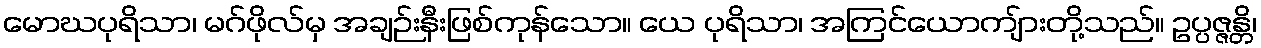
မောဃပုရိသာ၊ မဂ်ဖိုလ်မှ အချဉ်းနီးဖြစ်ကုန်သော။ ယေ ပုရိသာ၊ အကြင်ယောကျ်ားတို့သည်။ ဥပ္ပဇ္ဇန္တိ၊